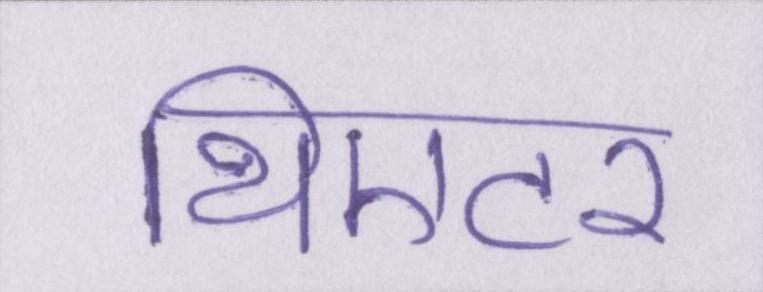
थिएटर